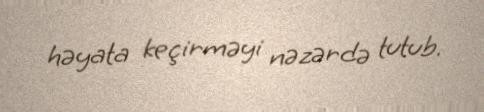
həyata keçirməyi nəzərdə tutub.